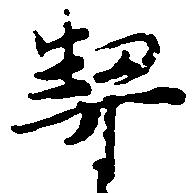
契